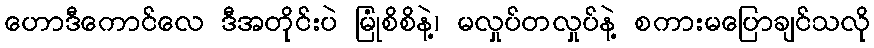
ဟောဒီကောင်လေ ဒီအတိုင်းပဲ မြုံစိစိနဲ့၊ မလှုပ်တလှုပ်နဲ့ စကားမပြောချင်သလို